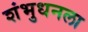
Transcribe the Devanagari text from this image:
शंभुधनला